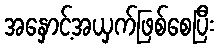
အနှောင့်အယှက်ဖြစ်စေပြီး